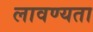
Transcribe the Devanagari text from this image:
लावण्‍यता